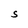
Character: S